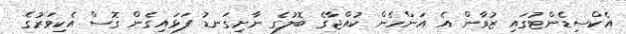
އެކްސިޑެންޓުގައި ޒުވާން އެ އަންހެން ކުއްޖާގެ ބޮލުގެ ނާށިގަނޑު ފަޅައިގެން ގޮސް އެކިވަރުގެ